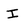
Character: I